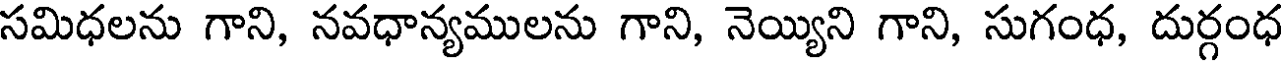
సమిధలను గాని, నవధాన్యములను గాని, నెయ్యిని గాని, సుగంధ, దుర్గంధ